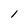
Character: l